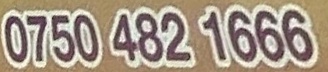
0750 482 1666